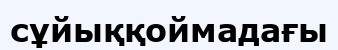
сұйыққоймадағы